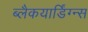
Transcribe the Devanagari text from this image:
ब्लैकयार्डिंग्न्स